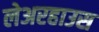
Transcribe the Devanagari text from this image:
लेअरहाउस